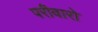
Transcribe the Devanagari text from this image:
परीवारो